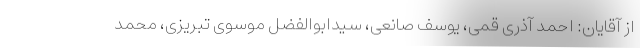
از آقایان: احمد آذری قمی، یوسف صانعی، سیدابوالفضل موسوی تبریزی، محمد